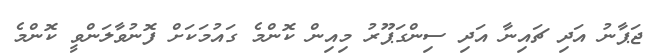
ޖަޕާނު އަދި ޗައިނާ އަދި ސިންގަޕޫރު މިއިން ކޮންމެ ގައުމަކަށް ފޮނުވާލަންވީ ކޮންމެ